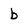
Character: b